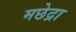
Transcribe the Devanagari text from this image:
मछेद्रा